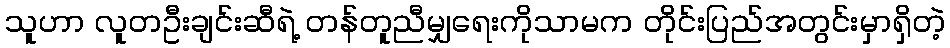
သူဟာ လူတဦးချင်းဆီရဲ့ တန်တူညီမျှရေးကိုသာမက တိုင်းပြည်အတွင်းမှာရှိတဲ့